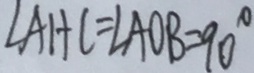
\angle A H C = \angle A O B = 9 0 ^ { \circ }